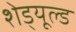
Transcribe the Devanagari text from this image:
शेड्‌यूल्ड